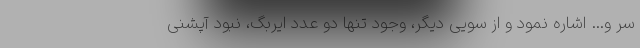
سر و… اشاره نمود و از سویی دیگر، وجود تنها دو عدد ایربگ، نبود آپشنی